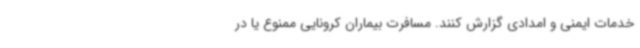
خدمات ایمنی و امدادی گزارش کنند. مسافرت بیماران کرونایی ممنوع یا در